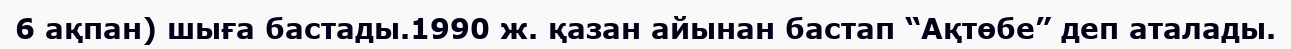
6 ақпан) шыға бастады.1990 ж. қазан айынан бастап “Ақтөбе” деп аталады.